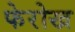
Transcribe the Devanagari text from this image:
फेरोख